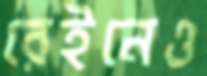
রেইনেও